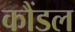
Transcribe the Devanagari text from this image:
कौंडल